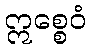
ဣစ္စေဝံ